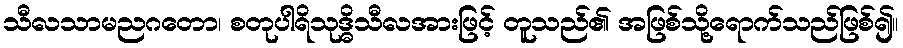
သီလသာမညဂတော၊ စတုပါရိသုဒ္ဓိသီလအားဖြင့် တူသည်၏ အဖြစ်သို့ရောက်သည်ဖြစ်၍။